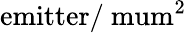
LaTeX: \mathrm{emitter/\ mum^{2}}